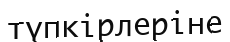
түпкірлеріне